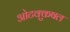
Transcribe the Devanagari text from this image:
ओटक्कुषल